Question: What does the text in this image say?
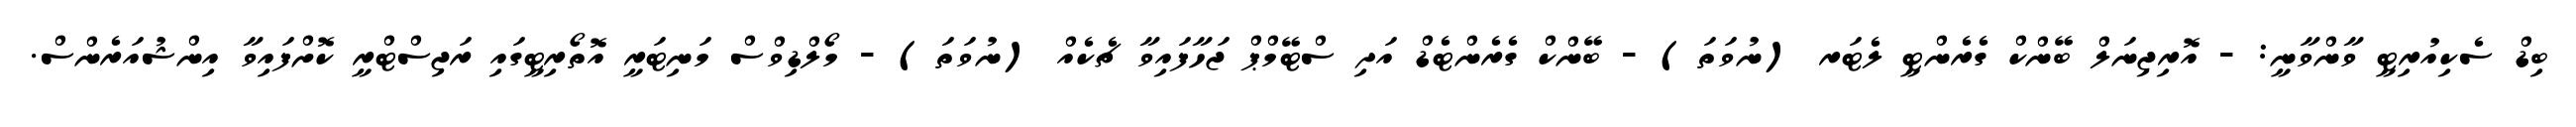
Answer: ބިޑް ސެކިއުރިޓީ ވާންވާނީ: - އޮރިޖިނަލް ބޭންކް ގެރެންޓީ ލެޓަރ (ނުވަތަ) - ބޭންކް ގެރެންޓެޑް އަދި ސްޓޭމްޕް ޖަހާފައިވާ ޗެކެއް (ނުވަތަ) - މޯލްޑިވްސް މަނިޓަރީ އޮތޯރިޓީގައި ރަޖިސްޓްރީ ކޮށްފައިވާ އިންޝުއަރެންސް.